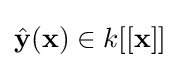
{\hat {\mathbf {y} }}(\mathbf {x} )\in k[[\mathbf {x} ]]